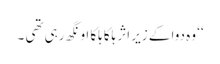
‘‘ وہ دوا کے زیر اثر ہلکا ہلکا اونگھ رہی تھی ۔